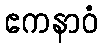
ဧကနာဝံ